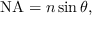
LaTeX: \mathrm { N A } = n \sin \theta ,